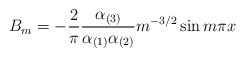
\begin{align*}B_m = - {2 \over \pi} {\alpha_{(3)} \over\alpha_{(1)} \alpha_{(2)}} m^{-3/2} \sin m \pi x\end{align*}